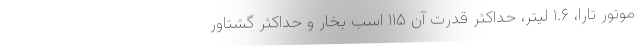
موتور تارا، ۱.۶ لیتر، حداکثر قدرت آن ۱۱۵ اسب بخار و حداکثر گشتاور